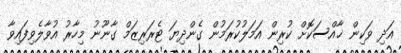
އަދި ވަކިން ޚާއްސަކޮށް ކުރިން އަމަލުކުރަމުން ގެންދިޔަ ޓެރަރިޒަމް ގާނޫނު މިހާރު އުވާލެވިފައިވާ